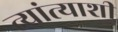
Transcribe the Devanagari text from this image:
त्यांत्याशी